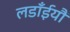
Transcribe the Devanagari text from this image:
लडाँईयौं